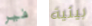
فير بيئية